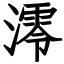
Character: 澪